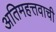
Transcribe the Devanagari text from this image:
अतिमहत्तवाची